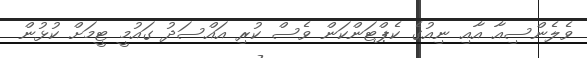
ވެލެންސިއާ އާއި ނިއުގެ ކެޕްޓަންކަން ވެސް ކުރި އައްސަދު ގައުމީ ޓީމަށް ކުޅުން